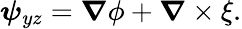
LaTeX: \boldsymbol{\psi}_{yz}=\boldsymbol{\nabla}\phi+\boldsymbol{\nabla}\times\xi.